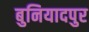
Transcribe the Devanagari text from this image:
बुनियादपुर